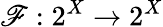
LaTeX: \mathscr{F}:2^{X}\to2^{X}